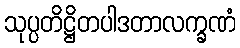
သုပ္ပတိဋ္ဌိတပါဒတာလက္ခဏံ